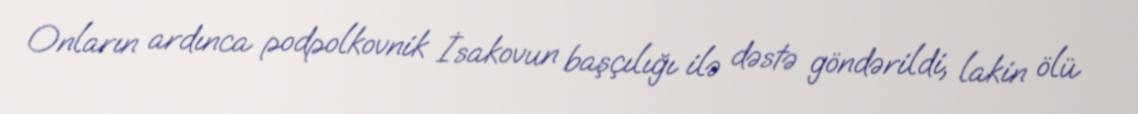
Onların ardınca podpolkovnik İsakovun başçılığı ilə dəstə göndərildi, lakin ölü